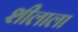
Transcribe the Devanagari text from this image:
शीलाला